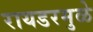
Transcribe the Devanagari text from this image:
रायडरमुळे